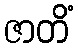
ဇာတိံ